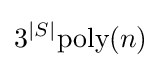
3^{|S|}{\text{poly}}(n)